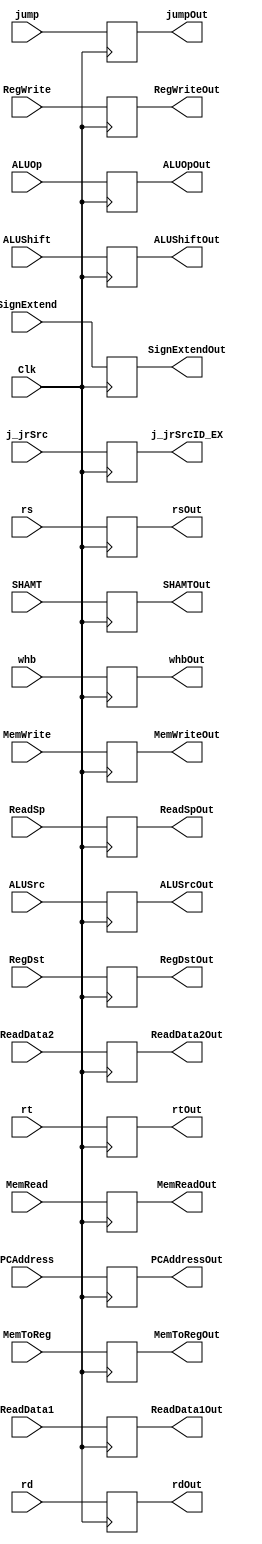
`timescale 1ns / 1ps
//////////////////////////////////////////////////////////////////////////////////
// Company: 
// Engineer: 
// 
// Design Name: 
// Module Name: ID_EX
// Project Name: 
// Target Devices: 
// Tool Versions: 
// Description: 
// 
// Dependencies: 
// 
// Revision:
// Revision 0.01 - File Created
// Additional Comments:
// 
//////////////////////////////////////////////////////////////////////////////////


module ID_EX(Clk, ALUSrc, RegDst, RegWrite, ALUOp, MemRead, MemWrite, MemToReg, ALUShift, /*branch,*/
    whb, jump, PCAddress, ReadData1, ReadData2, SignExtend, rt, rd, SHAMT, ALUSrcOut, RegDstOut, RegWriteOut,
    ALUOpOut, MemReadOut, MemWriteOut, MemToRegOut, ALUShiftOut, /*branchOut,*/ whbOut, jumpOut, PCAddressOut,
    ReadData1Out, ReadData2Out, SignExtendOut, rtOut, rdOut, SHAMTOut, /*shiftJumpIn, shiftJumpOut,*/ j_jrSrc, j_jrSrcID_EX, rs, rsOut, ReadSp, ReadSpOut);
  
    input Clk, ALUSrc, RegDst, RegWrite, MemRead, MemWrite, MemToReg, ALUShift, jump, j_jrSrc;
    input [31:0] PCAddress, ReadData1, ReadData2, SignExtend, SHAMT;
    input [4:0] rt, rd, rs;
    input [5:0] ALUOp;
    input [1:0] whb;
    input ReadSp;

    output reg ALUSrcOut, RegDstOut, RegWriteOut, MemReadOut, MemWriteOut, MemToRegOut, ALUShiftOut, jumpOut, j_jrSrcID_EX;
    output reg [31:0] PCAddressOut, ReadData1Out, ReadData2Out, SignExtendOut, SHAMTOut;
    output reg [4:0] rtOut, rdOut, rsOut;
    output reg [5:0] ALUOpOut;
    output reg [1:0] whbOut;
    output reg ReadSpOut;
    
    always@(posedge Clk) begin
        ALUSrcOut    <= ALUSrc;
        RegDstOut    <= RegDst;
        RegWriteOut  <= RegWrite;
        ALUOpOut     <= ALUOp;
        MemReadOut   <= MemRead;
        MemWriteOut  <= MemWrite;
        MemToRegOut  <= MemToReg;
        ALUShiftOut  <= ALUShift;
//        branchOut    <= branch;
        whbOut       <= whb;
        jumpOut      <= jump;
        PCAddressOut <= PCAddress;
        ReadData1Out <= ReadData1;
        ReadData2Out <= ReadData2;
        SignExtendOut<= SignExtend;
        rtOut        <= rt;
        rdOut        <= rd;
        SHAMTOut     <= SHAMT;
//        shiftJumpOut <= shiftJumpIn; 
        j_jrSrcID_EX <= j_jrSrc;
        rsOut        <= rs;
        ReadSpOut    <= ReadSp;
    end
endmodule